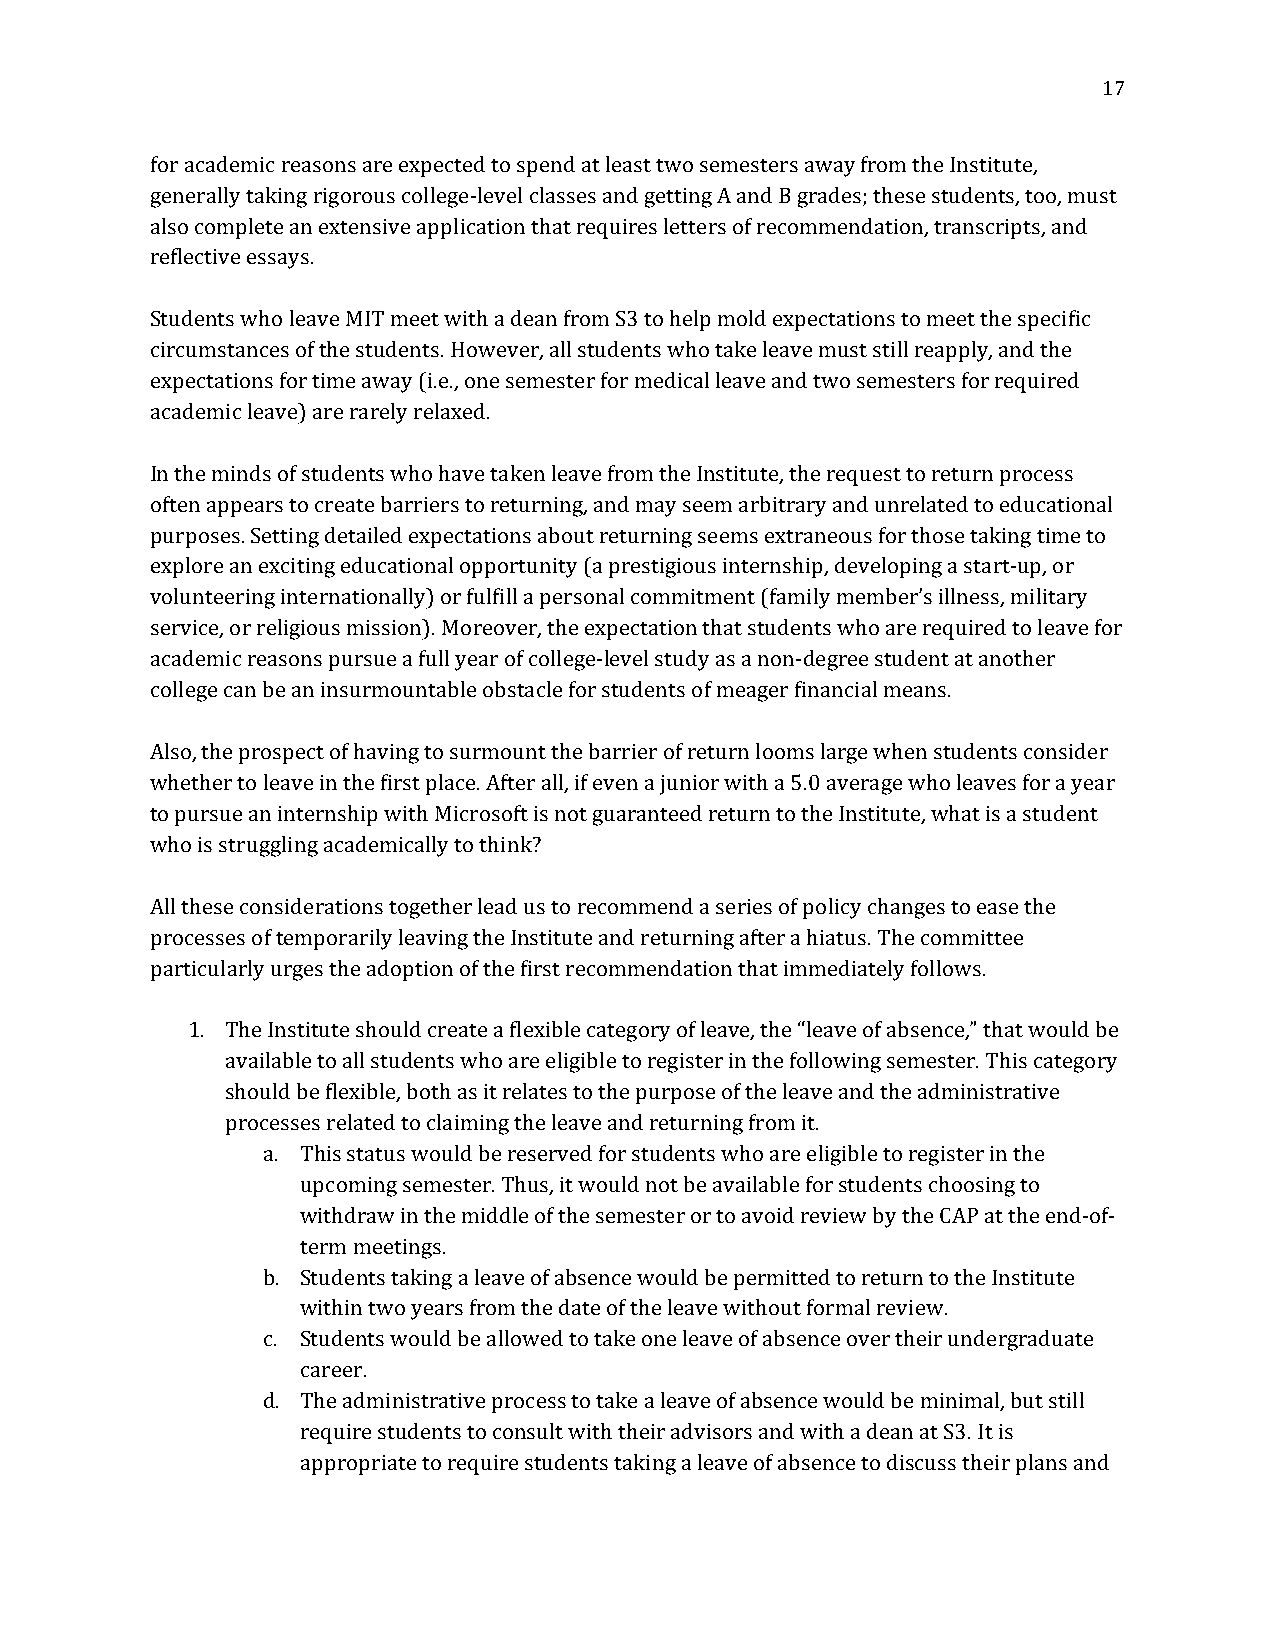
17
 for academic reasons are expected to spend at least two semesters away from the Institute,
 generally taking rigorous college-level classes and getting A and B grades; these students, too, must
 also complete an extensive application that requires letters of recommendation, transcripts, and
 reflective essays.
 Students who leave MIT meet with a dean from S3 to help mold expectations to meet the specific
 circumstances of the students. However, all students who take leave must still reapply, and the
 expectations for time away (i.e., one semester for medical leave and two semesters for required
 academic leave) are rarely relaxed.
 In the minds of students who have taken leave from the Institute, the request to return process
 often appears to create barriers to returning, and may seem arbitrary and unrelated to educational
 purposes. Setting detailed expectations about returning seems extraneous for those taking time to
 explore an exciting educational opportunity (a prestigious internship, developing a start-up, or
 volunteering internationally) or fulfill a personal commitment (family member’s illness, military
 service, or religious mission). Moreover, the expectation that students who are required to leave for
 academic reasons pursue a full year of college-level study as a non-degree student at another
 college can be an insurmountable obstacle for students of meager financial means.
 Also, the prospect of having to surmount the barrier of return looms large when students consider
 whether to leave in the first place. After all, if even a junior with a 5.0 average who leaves for a year
 to pursue an internship with Microsoft is not guaranteed return to the Institute, what is a student
 who is struggling academically to think?
 All these considerations together lead us to recommend a series of policy changes to ease the
 processes of temporarily leaving the Institute and returning after a hiatus. The committee
 particularly urges the adoption of the first recommendation that immediately follows.
 1. The Institute should create a flexible category of leave, the “leave of absence,” that would be
 available to all students who are eligible to register in the following semester. This category
 should be flexible, both as it relates to the purpose of the leave and the administrative
 processes related to claiming the leave and returning from it.
 a. This status would be reserved for students who are eligible to register in the
 upcoming semester. Thus, it would not be available for students choosing to
 withdraw in the middle of the semester or to avoid review by the CAP at the end-of-
 term meetings.
 b. Students taking a leave of absence would be permitted to return to the Institute
 within two years from the date of the leave without formal review.
 c. Students would be allowed to take one leave of absence over their undergraduate
 career.
 d. The administrative process to take a leave of absence would be minimal, but still
 require students to consult with their advisors and with a dean at S3. It is
 appropriate to require students taking a leave of absence to discuss their plans and